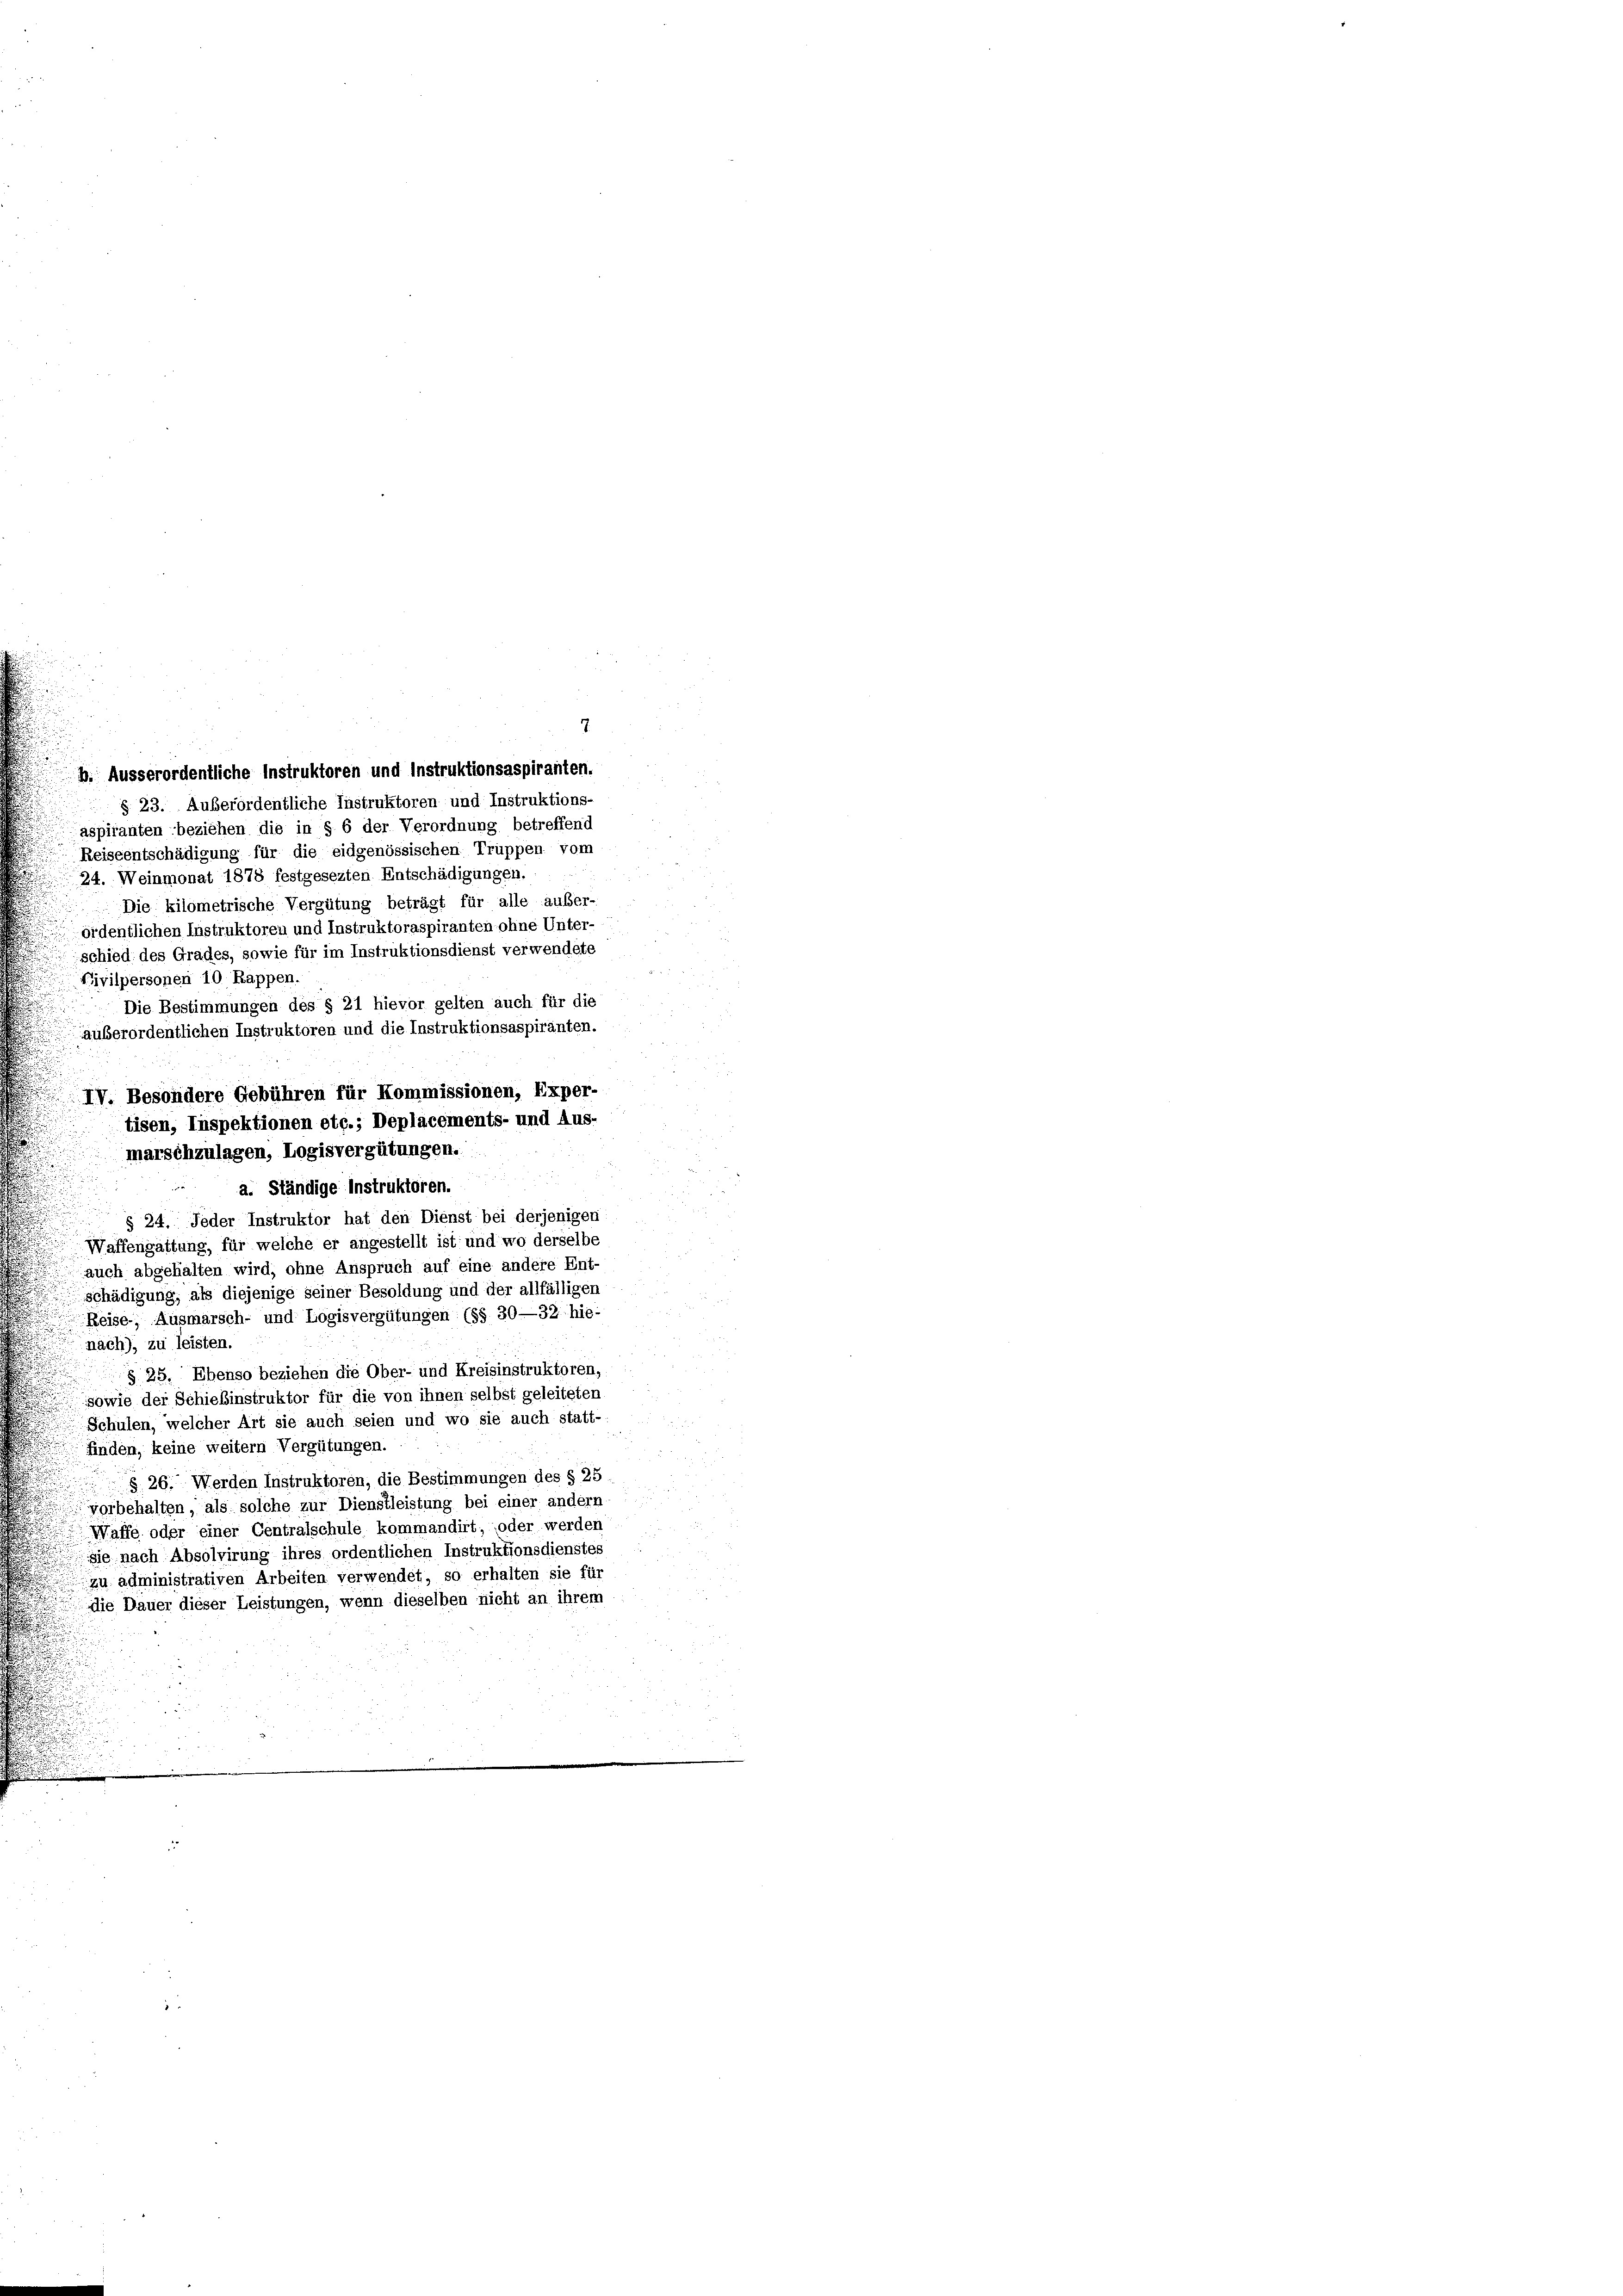
§ 23. Außerordentliche Instruktoren und Instruktions-
aspiranten beziehen die in § 6 der Verordnung betreffend
Reiseentschädigung für die eidgenössischen Truppen vom
24. Weinmonat 1878 festgesezten Entschädigungen.
Die kilometrische Vergütung beträgt für alle außer-
ordentlichen Instruktoren und Instruktoraspiranten ohne Unter-
schied des Grades, sowie für im Instruktionsdienst verwendete
Civilpersonen 10 Rappen.
Die Bestimmungen des § 21 hievor gelten auch für die
auberordentlichen Instruktoren und die Instruktionsaspiranten.
§ 24. Jeder Instruktor hat den Dienst bei derjenigen
Waffengattung, für welche er angestellt ist und wo derselbe
auch abgehalten wird, ohne Anspruch auf eine andere Ent-
schädigung, als diejenige seiner Besoldung und der allfälligen
.
Reise, Ausmarsch- und Logisvergütungen (§§ 30—32 hie-
.
nach), zu leisten.
§ 25. Ebenso beziehen die Ober- und Kreisinstruktoren,
sowie der Schiebinstruktor für die von ihnen selbst geleiteten
Schulen, welcher Art sie auch seien und wo sie auch statt-
finden, keine weitern Vergütungen.
 § 26. Werden Instruktoren, die Bestimmungen des § 25.
vorbehalten, als solche zur Dienstleistung bei einer andern
 Waffe oder einer Centralschule kommandirt, oder werden
sie nach Absolvirung ihres ordentlichen Instruktionsdienstes
zu administrativen Arbeiten verwendet, so erhalten sie für
die Dauer dieser Leistungen, wenn dieselben nicht an ihrem
u

IV. Besondere Gebühren für Kommissionen, Exper-
tisen, Inspektionen etc.; Deplacements- und Aus-
marschzulagen, Logisvergütungen.
a. Ständige Instruktoren.

b. Ausserordentliche Instruktoren und Instruktionsaspiranten.